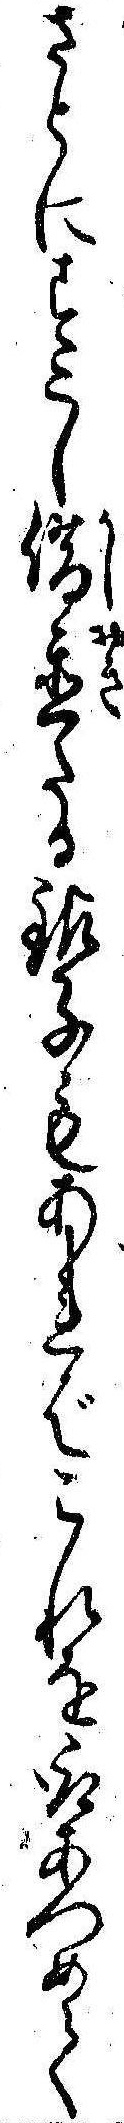
さとにすこし借置たる銀子もあればこれを取あつめて